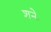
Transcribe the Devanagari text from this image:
शनेः